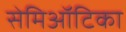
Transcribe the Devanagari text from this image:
सेमिऑटिका